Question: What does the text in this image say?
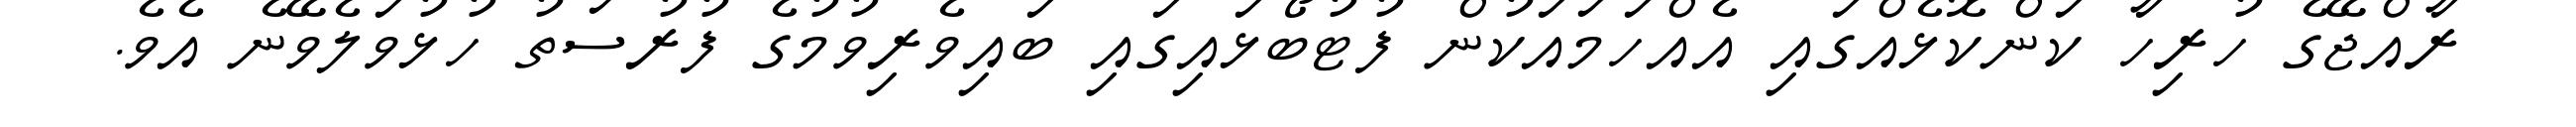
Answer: ރާއްޖޭގެ ހުރިހާ ކަންކޮޅެއްގައި އެއްހަމައަކުން ފުޓުބޯޅައިގައި ބައިވެރިވުމުގެ ފުރުސަތު ހުޅުވަލެވޭނެ އެވެ.